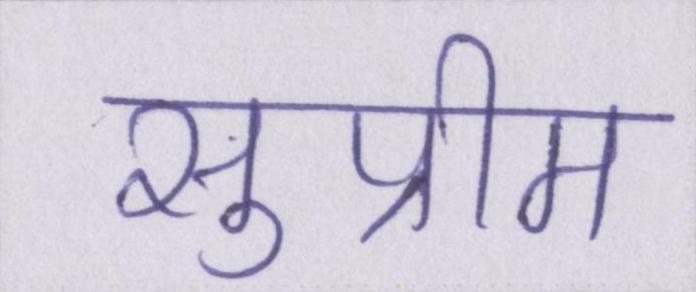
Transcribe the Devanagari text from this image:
सुप्रीम